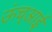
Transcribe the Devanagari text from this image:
ऊंच्आई